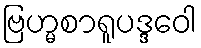
ဗြဟ္မစာရူပဒ္ဒဝေါ